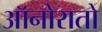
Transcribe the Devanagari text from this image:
ऑनोरातो